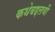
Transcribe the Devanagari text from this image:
कथेबद्दलची